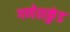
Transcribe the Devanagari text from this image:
गणेशकुंड